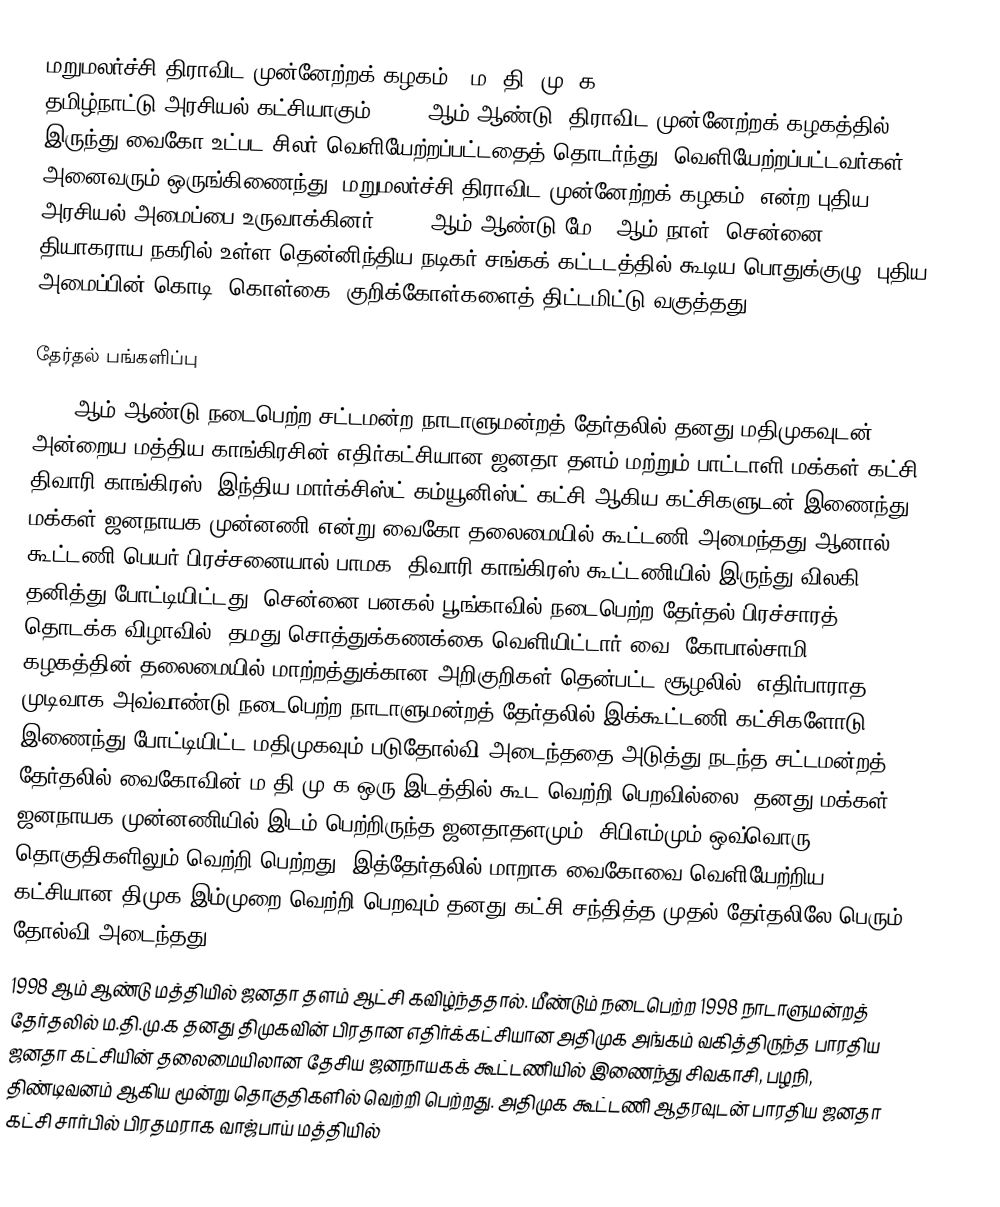
மறுமலர்ச்சி திராவிட முன்னேற்றக் கழகம் ( ம. தி. மு. க., Marumalarchi Dravida Munnetra Kazhagam) தமிழ்நாட்டு அரசியல் கட்சியாகும். 1993 ஆம் ஆண்டு, திராவிட முன்னேற்றக் கழகத்தில் இருந்து வைகோ உட்பட சிலர் வெளியேற்றப்பட்டதைத் தொடர்ந்து, வெளியேற்றப்பட்டவர்கள் அனைவரும் ஒருங்கிணைந்து,‘மறுமலர்ச்சி திராவிட முன்னேற்றக் கழகம்’ என்ற புதிய அரசியல் அமைப்பை உருவாக்கினர். 1994 ஆம் ஆண்டு மே 6 ஆம் நாள், சென்னை, தியாகராய நகரில் உள்ள தென்னிந்திய நடிகர் சங்கக் கட்டடத்தில் கூடிய பொதுக்குழு, புதிய அமைப்பின் கொடி, கொள்கை, குறிக்கோள்களைத் திட்டமிட்டு வகுத்தது.

தேர்தல் பங்களிப்பு
 1996 ஆம் ஆண்டு நடைபெற்ற சட்டமன்ற/நாடாளுமன்றத் தேர்தலில் தனது மதிமுகவுடன் அன்றைய மத்திய காங்கிரசின் எதிர்கட்சியான ஜனதா தளம் மற்றும் பாட்டாளி மக்கள் கட்சி, திவாரி காங்கிரஸ், இந்திய மார்க்சிஸ்ட் கம்யூனிஸ்ட் கட்சி ஆகிய கட்சிகளுடன் இணைந்து மக்கள் ஜனநாயக முன்னணி என்று வைகோ தலைமையில் கூட்டணி அமைந்தது ஆனால் கூட்டணி பெயர் பிரச்சனையால் பாமக, திவாரி காங்கிரஸ் கூட்டணியில் இருந்து விலகி தனித்து போட்டியிட்டது. சென்னை பனகல் பூங்காவில் நடைபெற்ற தேர்தல் பிரச்சாரத் தொடக்க விழாவில், தமது சொத்துக்கணக்கை வெளியிட்டார் வை. கோபால்சாமி. கழகத்தின் தலைமையில் மாற்றத்துக்கான அறிகுறிகள் தென்பட்ட சூழலில், எதிர்பாராத முடிவாக அவ்வாண்டு நடைபெற்ற நாடாளுமன்றத் தேர்தலில் இக்கூட்டணி கட்சிகளோடு இணைந்து போட்டியிட்ட மதிமுகவும் படுதோல்வி அடைந்ததை அடுத்து நடந்த சட்டமன்றத் தேர்தலில் வைகோவின் ம.தி.மு.க ஒரு இடத்தில் கூட வெற்றி பெறவில்லை. தனது மக்கள் ஜனநாயக முன்னணியில் இடம் பெற்றிருந்த ஜனதாதளமும், சிபிஎம்மும் ஒவ்வொரு தொகுதிகளிலும் வெற்றி பெற்றது. இத்தேர்தலில் மாறாக வைகோவை வெளியேற்றிய கட்சியான திமுக இம்முறை வெற்றி பெறவும் தனது கட்சி சந்தித்த முதல் தேர்தலிலே பெரும் தோல்வி அடைந்தது.
 1998 ஆம் ஆண்டு மத்தியில் ஜனதா தளம் ஆட்சி கவிழ்ந்ததால். மீண்டும் நடைபெற்ற 1998 நாடாளுமன்றத் தேர்தலில் ம.தி.மு.க தனது திமுகவின் பிரதான எதிர்க்கட்சியான அதிமுக அங்கம் வகித்திருந்த பாரதிய ஜனதா கட்சியின் தலைமையிலான தேசிய ஜனநாயகக் கூட்டணியில் இணைந்து சிவகாசி, பழநி, திண்டிவனம் ஆகிய மூன்று தொகுதிகளில் வெற்றி பெற்றது. அதிமுக கூட்டணி ஆதரவுடன் பாரதிய ஜனதா கட்சி சார்பில் பிரதமராக வாஜ்பாய் மத்தியில்